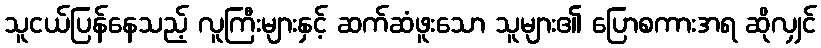
သူငယ်ပြန်နေသည့် လူကြီးများနှင့် ဆက်ဆံဖူးသော သူများ၏ ပြောစကားအရ ဆိုလျှင်